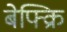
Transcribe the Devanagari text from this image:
बेफ्क्रि